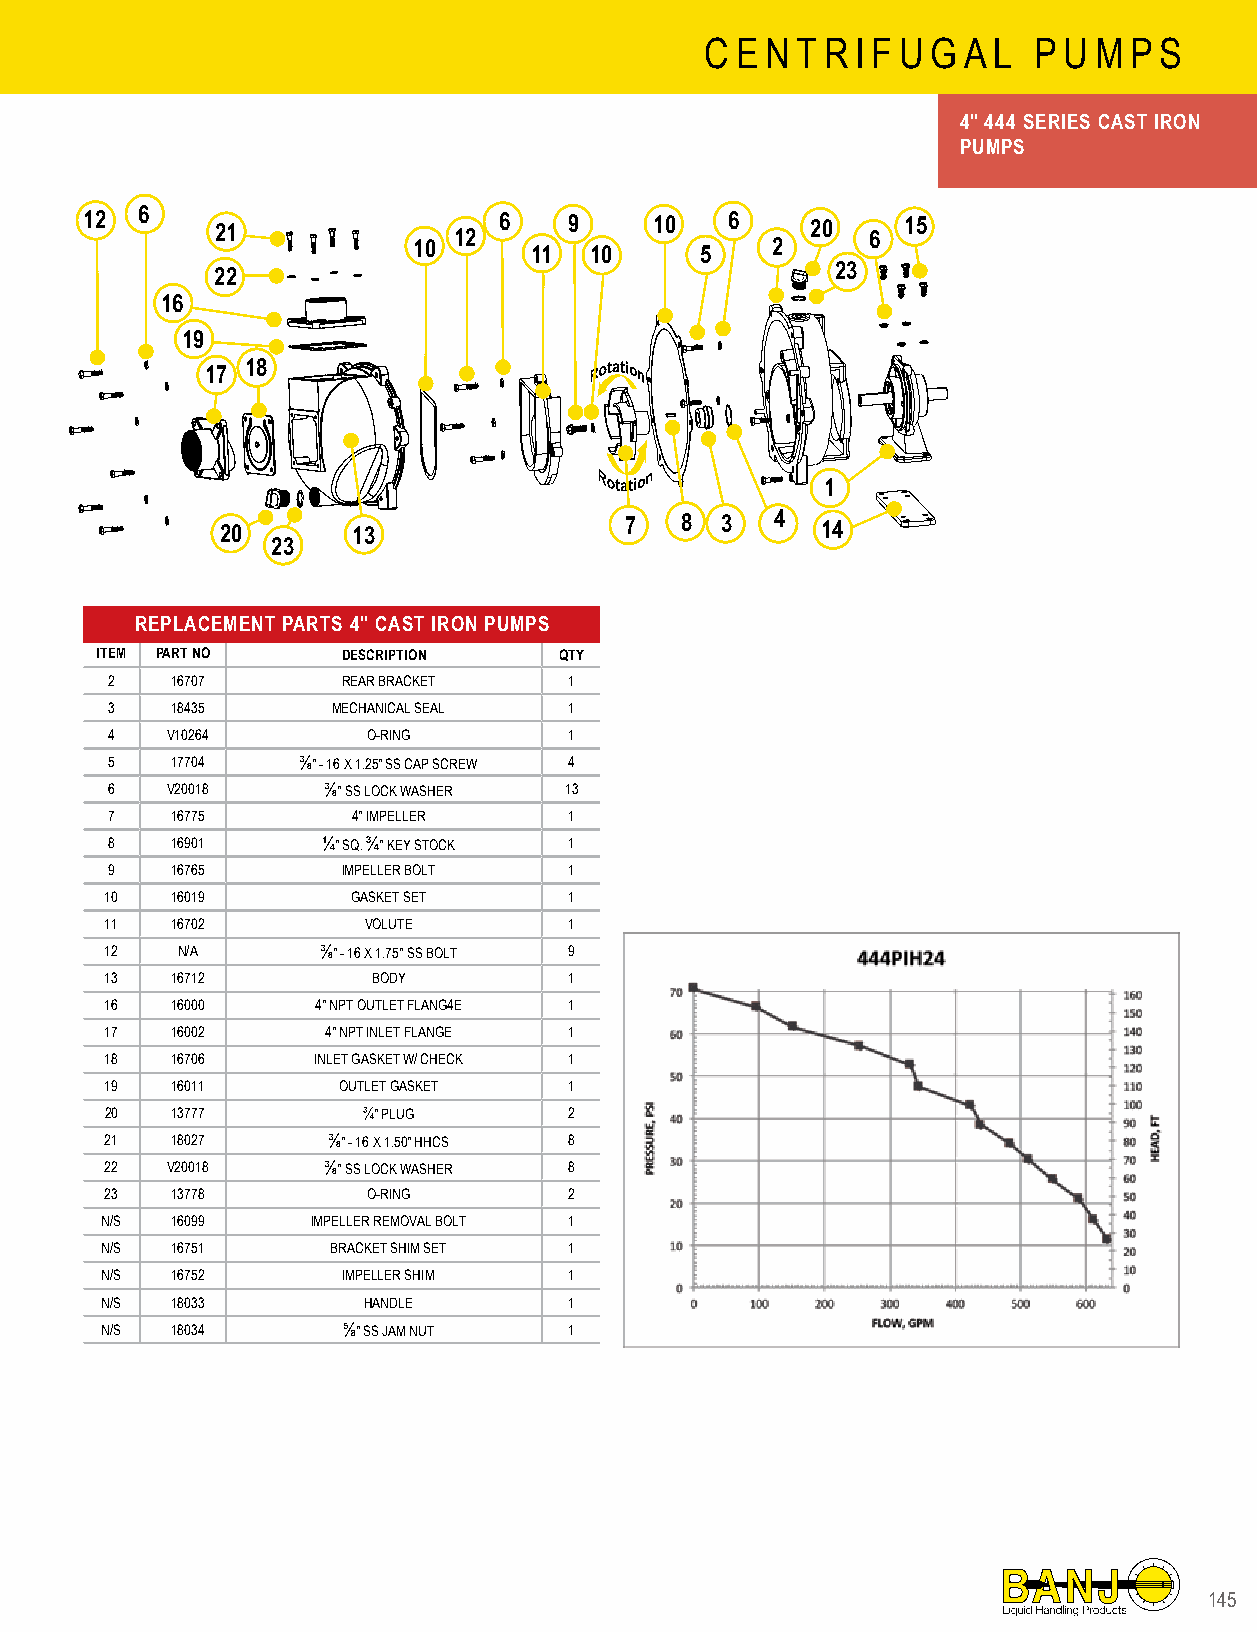
C E N T R I F U G A L P U M P S
 4" 444 SERIES CAST IRON
 PUMPS
 12 6    21              12 6    9    10   6     20 6  15
 10      11  10     5    2
 22                                       23
 16
 19
 18
 17
 1
 20      13                7   8  3  4  14
 23
 REPLACEMENT PARTS 4" CAST IRON PUMPS
 ITEM PART NO     DESCRIPTION   QTY
 2   16707       REAR BRACKET   1
 3   18435      MECHANICAL SEAL 1
 4   V10264       O-RING        1
 5   17704    ⅜" - 16 X 1.25" SS CAP SCREW 4
 6   V20018    ⅜" SS LOCK WASHER 13
 7   16775       4" IMPELLER    1
 8   16901     ¼" SQ. ¾" KEY STOCK 1
 9   16765       IMPELLER BOLT  1
 10  16019       GASKET SET     1
 11  16702        VOLUTE        1
 12   N/A      ⅜" - 16 X 1.75" SS BOLT 9
 13  16712         BODY         1
 16  16000     4" NPT OUTLET FLANG4E 1
 17  16002      4" NPT INLET FLANGE 1
 18  16706     INLET GASKET W/ CHECK 1
 19  16011      OUTLET GASKET   1
 20  13777        ¾" PLUG       2
 21  18027      ⅜" - 16 X 1.50" HHCS 8
 22  V20018    ⅜" SS LOCK WASHER 8
 23  13778        O-RING        2
 N/S 16099     IMPELLER REMOVAL BOLT 1
 N/S 16751      BRACKET SHIM SET 1
 N/S 16752       IMPELLER SHIM  1
 N/S 18033        HANDLE        1
 N/S 18034       ⅝" SS JAM NUT  1
 114455